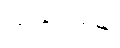
သုံးခြင်းသည်